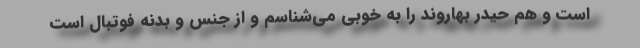
است و هم حیدر بهاروند را به خوبی می‌شناسم و از جنس و بدنه فوتبال است